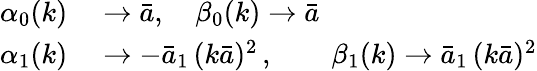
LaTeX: \begin{array}{rl}{\alpha_{0}(k)}&{{}\to\bar{a},\quad\beta_{0}(k)\to\bar{a}}\\ {\alpha_{1}(k)}&{{}\to-\bar{a}_{1}\, (k\bar{a})^{2}\, ,\qquad\beta_{1}(k)\to\bar{a}_{1}\, (k\bar{a})^{2}}\end{array}